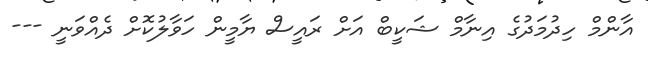
އާންމް ހިދުމަދުގެ އިނާމް ޝަކީބް އަށް ރައީސް ޔާމީން ހަވާލުކޮށް ދެއްވަނީ ---